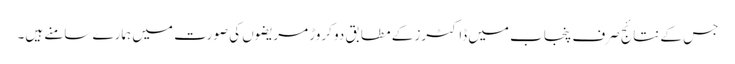
جس کے نتائج صرف پنجاب میں ڈاکٹرز کے مطابق دو کروڑ مریضوں کی صورت میں ہمارے سامنے ہیں۔